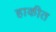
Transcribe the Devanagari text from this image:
हाकीत